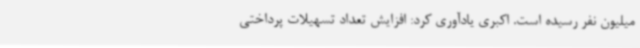
میلیون نفر رسیده است. اکبری یادآوری کرد: افزایش تعداد تسهیلات پرداختی